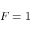
F = 1